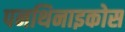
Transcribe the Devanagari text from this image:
पनथिनाइकोस